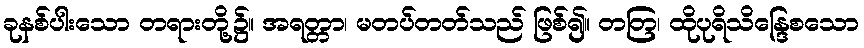
ခုနစ်ပါးသော တရားတို့၌။ အရတ္တာ၊ မတပ်တတ်သည် ဖြစ်၍။ တတြ၊ ထိုပုရိသိန္ဒြေစသော